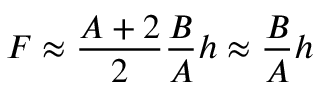
\displaystyle F \approx \frac { A + 2 } { 2 } \frac B A h \approx \frac B A h